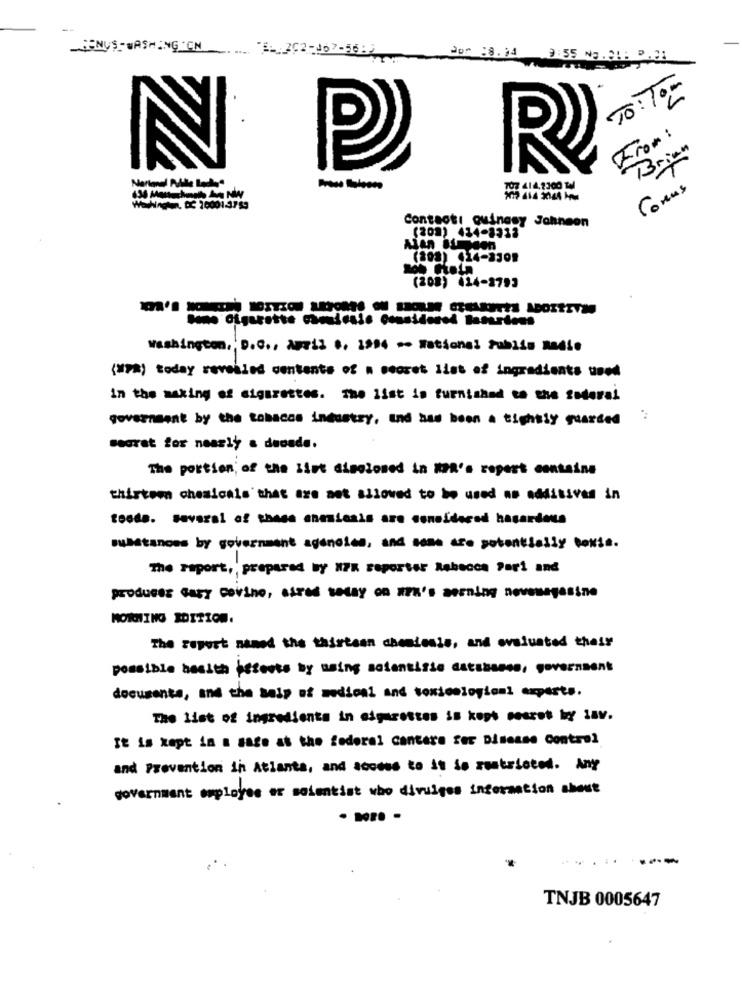
-GENUS-WASHING 'CN
Jof :8.94 9:55 NE . 2! : D. 3:
TO:Tom
From :
Brian
N P
7OZ 414,1300 T4
Corus
WohinGNR, DC 10001-3789
Contact: Quinasy Johnson
(202) 414-8313
(808) $14-3309
(208) 424-2793
washington, D.C ., April 6. 1994 - National Publis nadie
(mpa) today reveiled contents of " secret list of ingredients wood
in the making of cigarettes. The list is furnished to the foderai
government by the tabacos industry, and has been a tightly guarded
segrat for nearly a decade.
The portion; of the List disclosed in NAR's ropert contains
thirteen chemicals that are not allowed to be used ns additives in
toode. several of these anemicals are considered hasardous
substances by government agencies, and some are potentially toxis.
The raport, , prepared By X7R reporter Rebecca Pari and
producez Gary covino, sired seday on ma's serning novemagasine
MORNING EDITION.
The report naned the thirteen chentesis, and evaluated their
possible basith isteets by using salentifie databases, government
documents, and the saip of medical and toxicological experts.
The List of ingredients in cigarettes is kept secret by law.
It is kept in a sage at the federal cantare for Disease Control
and Prevention in Atlanta, and access to it So restricted. Any
government employee or soientist who divulges information about
...
--
TNJB 0005647